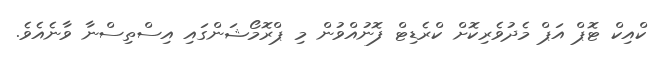
ކްއިކް ޓޮޕް އަޕް މެދުވެރިކޮށް ކްރެޑިޓް ފޮނުއްވުން މި ޕްރޮމޯޝަންގައި އިސްތިސްނާ ވާނެއެވެ.